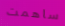
ساهمت